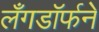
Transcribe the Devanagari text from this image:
लँगडॉर्फने